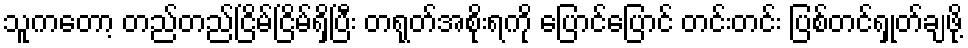
သူကတော့ တည်တည်ငြိမ်ငြိမ်ရှိပြီး တရုတ်အစိုးရကို ပြောင်ပြောင် တင်းတင်း ပြစ်တင်ရှုတ်ချဖို့